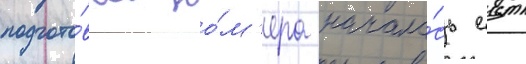
подгото́вка но́м'ера начала́сь еще